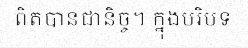
ពិតបានជានិច្ច។ ក្នុងបរិបទ